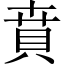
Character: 賁